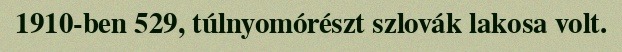
1910-ben 529, túlnyomórészt szlovák lakosa volt.